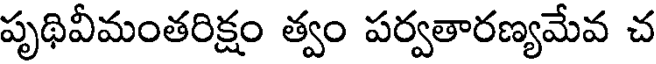
పృథివీమంతరిక్షం త్వం పర్వతారణ్యమేవ చ